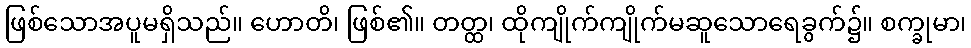
ဖြစ်သောအပူမရှိသည်။ ဟောတိ၊ ဖြစ်၏။ တတ္ထ၊ ထိုကျိုက်ကျိုက်မဆူသောရေခွက်၌။ စက္ခုမာ၊